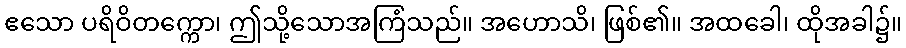
ဧသော ပရိဝိတက္ကော၊ ဤသို့သောအကြံသည်။ အဟောသိ၊ ဖြစ်၏။ အထခေါ၊ ထိုအခါ၌။